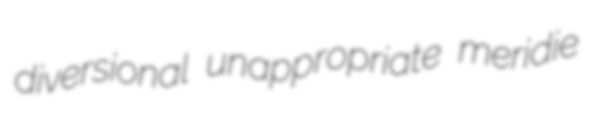
diversional unappropriate meridie